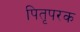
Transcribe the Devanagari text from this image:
पितृपरक